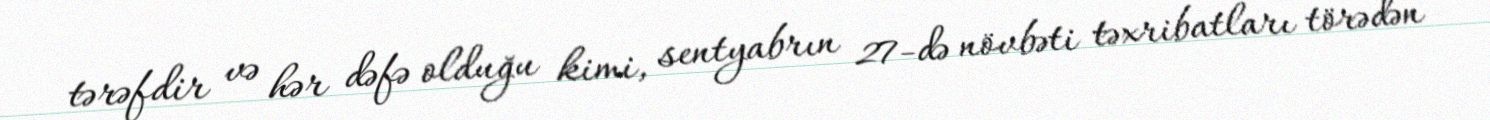
tərəfdir və hər dəfə olduğu kimi, sentyabrın 27-də növbəti təxribatları törədən